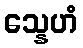
သ္နေဟံ